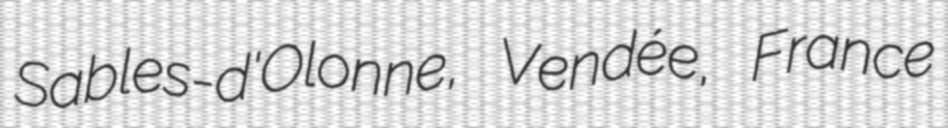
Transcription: Sables-d'Olonne, Vendée, France